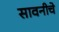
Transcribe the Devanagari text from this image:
सावनीचे